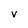
Character: V